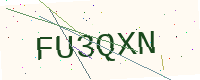
Text: FU3QXN